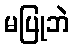
မပြုဘဲ